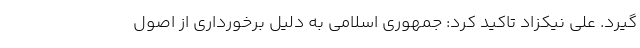
گیرد. علی نیکزاد تاکید کرد: جمهوری اسلامی به دلیل برخورداری از اصول